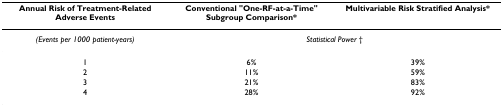
<table><thead><tr><td><b>Annual Risk of Treatment-Related Adverse Events</b></td><td><b>Conventional &quot;One-RF-at-a-Time&quot; Subgroup Comparison*</b></td><td><b>Multivariable Risk Stratified Analysis*</b></td></tr></thead><tbody><tr><td><i>(Events per 1000 patient-years)</i></td><td colspan="2"><i>Statistical Power </i>†</td></tr><tr><td>1</td><td>6%</td><td>39%</td></tr><tr><td>2</td><td>11%</td><td>59%</td></tr><tr><td>3</td><td>21%</td><td>83%</td></tr><tr><td>4</td><td>28%</td><td>92%</td></tr></tbody></table>